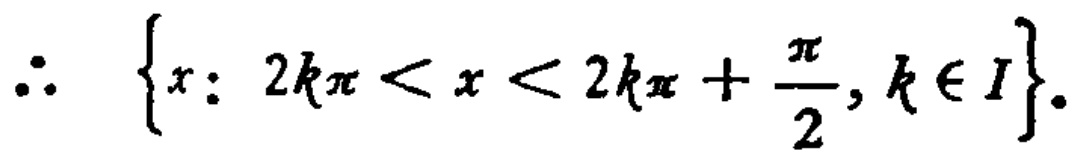
\(\therefore \left\{x:\ 2k\pi < x < 2k\pi+\frac{\pi}{2}, k\in I\right\}.\)